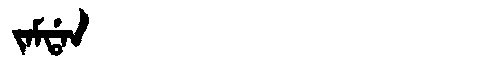
Manchu: ᠵᠠᠮᡩᠠᠨ
Romanization: JAMDAN